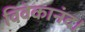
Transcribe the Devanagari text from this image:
विवेकानंद।